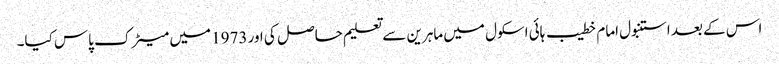
اس کے بعد استنبول امام خطیب ہائی اسکول میں ماہرین سے تعلیم حاصل کی اور 1973 میں میٹرک پاس کیا۔